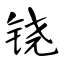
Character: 铙